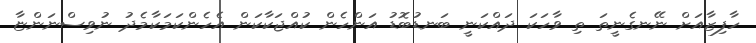
ހާފިޒާއަށް ނޭނގެނީތަ ތި ވާހަކަ ދައްކަނީ ބަނޑުބޮޑު އަންހެން ކުއްޖަކާކަން އެހެންކަމަކާމެދު ނުވިސްނަންޏާ